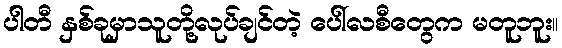
ပါတီ နှစ်ခုမှာသူတို့လုပ်ချင်တဲ့ ပေါ်လစီတွေက မတူဘူး။